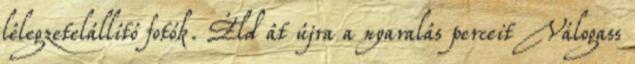
lélegzetelállító fotók. Éld át újra a nyaralás perceit Válogass